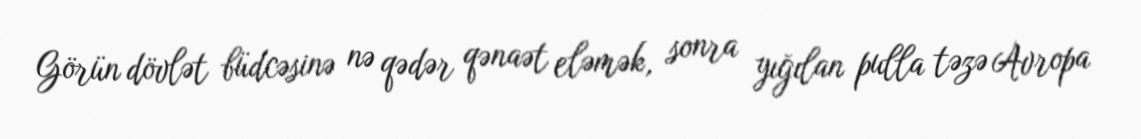
Görün dövlət büdcəsinə nə qədər qənaət eləmək, sonra yığılan pulla təzə Avropa